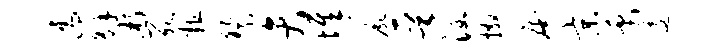
濡解淅死粗祭弁墀尸晋涵撒庵京禹逶